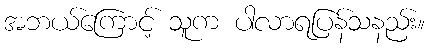
အဘယ်ကြောင့် သူက ပါလာရပြန်သနည်း။